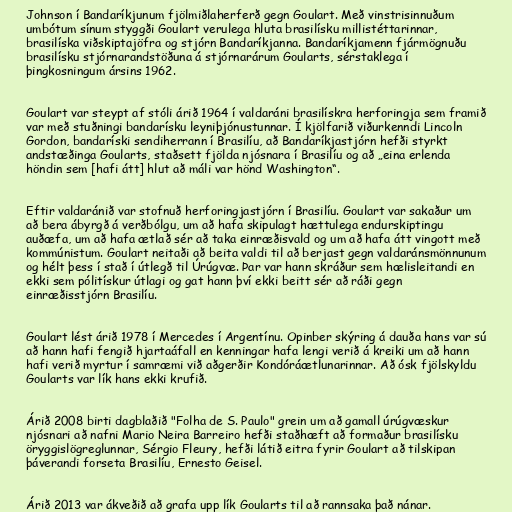
Johnson í Bandaríkjunum fjölmiðlaherferð gegn Goulart. Með vinstrisinnuðum
umbótum sínum styggði Goulart verulega hluta brasilísku millistéttarinnar,
brasilíska viðskiptajöfra og stjórn Bandaríkjanna. Bandaríkjamenn fjármögnuðu
brasilísku stjórnarandstöðuna á stjórnarárum Goularts, sérstaklega í
þingkosningum ársins 1962.

Goulart var steypt af stóli árið 1964 í valdaráni brasilískra herforingja sem framið
var með stuðningi bandarísku leyniþjónustunnar. Í kjölfarið viðurkenndi Lincoln
Gordon, bandaríski sendiherrann í Brasilíu, að Bandaríkjastjórn hefði styrkt
andstæðinga Goularts, staðsett fjölda njósnara í Brasilíu og að „eina erlenda
höndin sem [hafi átt] hlut að máli var hönd Washington“.

Eftir valdaránið var stofnuð herforingjastjórn í Brasilíu. Goulart var sakaður um
að bera ábyrgð á verðbólgu, um að hafa skipulagt hættulega endurskiptingu
auðæfa, um að hafa ætlað sér að taka einræðisvald og um að hafa átt vingott með
kommúnistum. Goulart neitaði að beita valdi til að berjast gegn valdaránsmönnunum
og hélt þess í stað í útlegð til Úrúgvæ. Þar var hann skráður sem hælisleitandi en
ekki sem pólitískur útlagi og gat hann því ekki beitt sér að ráði gegn
einræðisstjórn Brasilíu.

Goulart lést árið 1978 í Mercedes í Argentínu. Opinber skýring á dauða hans var sú
að hann hafi fengið hjartaáfall en kenningar hafa lengi verið á kreiki um að hann
hafi verið myrtur í samræmi við aðgerðir Kondóráætlunarinnar. Að ósk fjölskyldu
Goularts var lík hans ekki krufið.

Árið 2008 birti dagblaðið "Folha de S. Paulo" grein um að gamall úrúgvæskur
njósnari að nafni Mario Neira Barreiro hefði staðhæft að formaður brasilísku
öryggislögreglunnar, Sérgio Fleury, hefði látið eitra fyrir Goulart að tilskipan
þáverandi forseta Brasilíu, Ernesto Geisel.

Árið 2013 var ákveðið að grafa upp lík Goularts til að rannsaka það nánar.